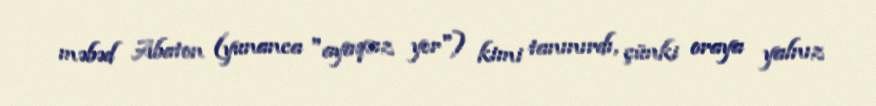
məbəd Abaton (yunanca "ayaqsız yer") kimi tanınırdı, çünki oraya yalnız